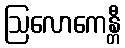
ဩလောကေန္တီ